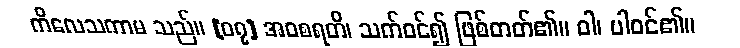
ကိလေသကာမ သည်။ [၀၇] အဝစရတိ၊ သက်ဝင်၍ ဖြစ်တတ်၏။ ဝါ၊ ပါဝင်၏။